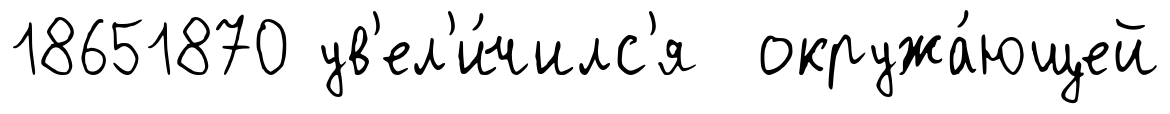
18651870 ув'ел'и́чилс'я окружа́ющей